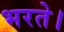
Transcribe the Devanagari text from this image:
भरते।